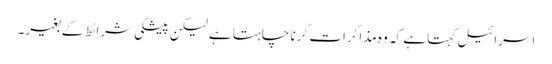
اسرائیل کہتا ہے کہ وہ مذاکرات کرنا چاہتا ہے لیکن پیشگی شرائط کے بغیر۔